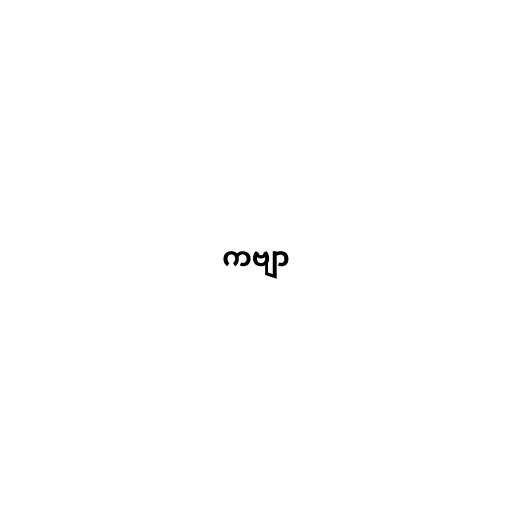
ကဗျာ